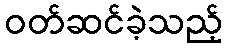
ဝတ်ဆင်ခဲ့သည့်